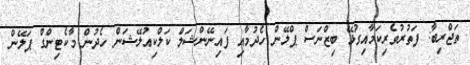
ތަޖްރިބާ: ފަތުރުވެރިކަމާއިގުޅޭ ބިޒްނަސް ޕްލޭން ހެދުމާއި ފައިނޭންޝަލް ކަލްކިއުލޭޝަން ހެދުން މާކެޓިންގް ޕަލޭން